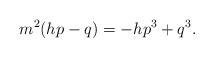
LaTeX: \begin{align*}m^2(hp-q)=-hp^3+q^3.\end{align*}